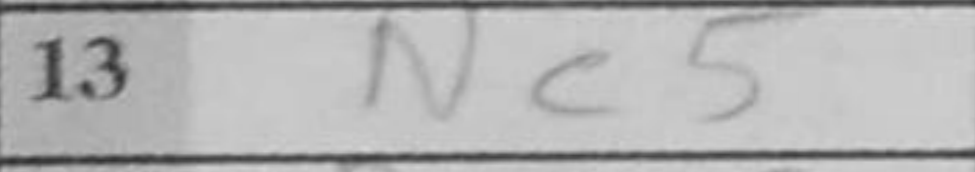
Transcription: Nc5